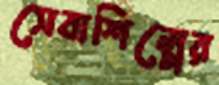
সেবাশিল্পের